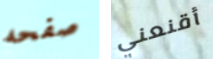
صفحه أقنعني